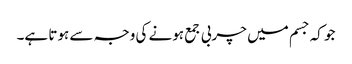
جو کہ جسم میں چربی جمع ہونے کی وجہ سے ہوتا ہے۔